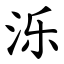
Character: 泺